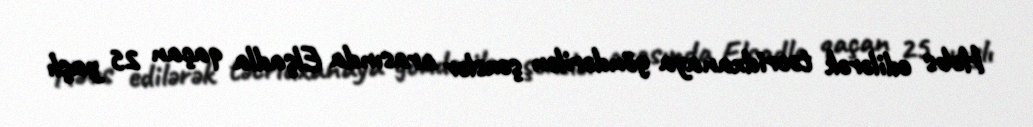
Həbs edilərək təcridxanaya göndərilən şəxslər arasında Elşadla qaçan 25 yaşlı